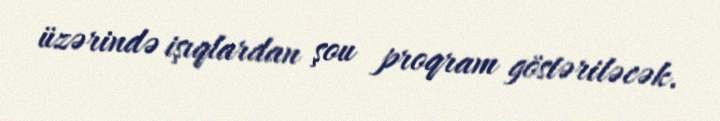
üzərində işıqlardan şou proqram göstəriləcək.